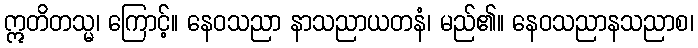
ဣတိတသ္မ၊ ကြောင့်။ နေဝသညာ နာသညာယတနံ၊ မည်၏။ နေဝသညာနသညာစ၊